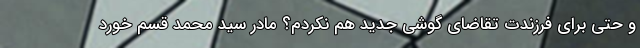
و حتی برای فرزندت تقاضای گوشی جدید هم نکردم؟ مادر سید محمد قسم خورد